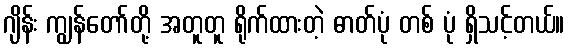
ဂျိန်း ကျွန်တော်တို့ အတူတူ ရိုက်ထားတဲ့ ဓာတ်ပုံ တစ် ပုံ ရှိသင့်တယ်။